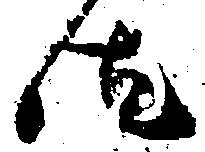
汰